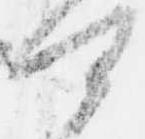
可